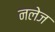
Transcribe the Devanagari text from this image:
नलेज